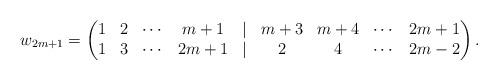
LaTeX: \begin{align*}w_{2m+1}=\begin{pmatrix} 1 & 2 & \cdots & m+1 & | & m+3 & m+4 & \cdots & 2m+1 \\ 1 & 3 & \cdots & 2m+1 & | & 2 & 4 & \cdots & 2m-2 \end{pmatrix}.\end{align*}